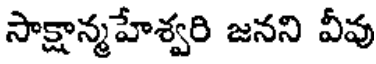
సాక్షాన్మహేశ్వరి జనని వీవు